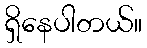
ရှိနေပါတယ်။